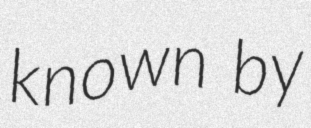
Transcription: known by